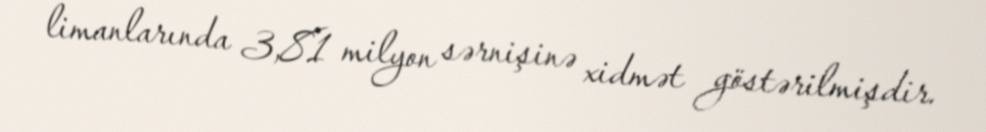
limanlarında 3,81 milyon sərnişinə xidmət göstərilmişdir.